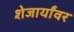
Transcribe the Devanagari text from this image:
शेजार्यांवर